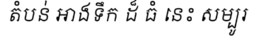
តំបន់ អាងទឹក ដ៏ ធំ នេះ សម្បូរ